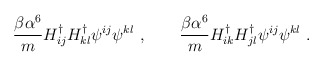
\begin{align*}\frac{\beta \alpha^6}{m} H^{\dagger}_{ij} H^{\dagger}_{kl} \psi^{ij} \psi^{kl} \ , \qquad \frac{\beta \alpha^6}{m} H^{\dagger}_{ik} H^{\dagger}_{jl} \psi^{ij} \psi^{kl} \ .\end{align*}